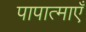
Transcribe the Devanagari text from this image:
पापात्माएँ